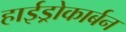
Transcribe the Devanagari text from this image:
हाईड्रोकार्बन